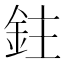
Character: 鉒